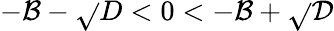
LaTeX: -\mathcal{B}-\sqrt{}{{D}}<0<-\mathcal{B}+\sqrt{}{{\mathcal{{D}}}}